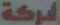
لشركة